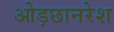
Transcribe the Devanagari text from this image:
ओड़छानरेश